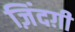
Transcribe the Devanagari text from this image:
ज़िंदग़ी